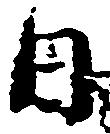
日